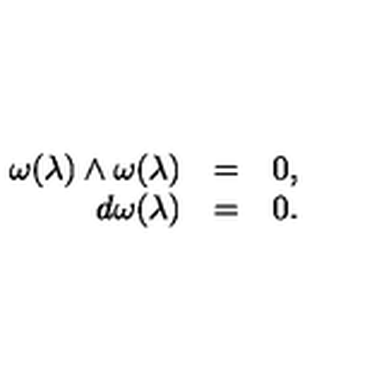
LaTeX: \begin{array} { r c l } { \omega ( \lambda ) \wedge \omega ( \lambda ) } & { = } & { 0 , } \\ { d \omega ( \lambda ) } & { = } & { 0 . } \\ \end{array}